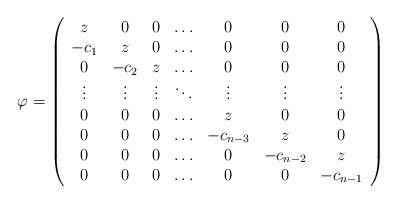
LaTeX: \begin{align*}\varphi=\left(\begin{array}{ccccccccccc}z&0&0&\ldots&0&0&0\\-c_1&z&0&\ldots&0&0&0\\0&-c_2&z&\ldots&0&0&0\\\vdots&\vdots&\vdots&\ddots&\vdots&\vdots&\vdots\\0&0&0&\ldots&z&0&0\\0&0&0&\ldots&-c_{n-3}&z&0\\0&0&0&\ldots&0&-c_{n-2}&z\\0&0&0&\ldots&0&0&-c_{n-1}\end{array}\right)\end{align*}